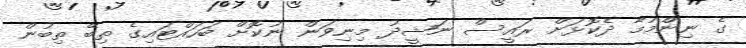
ގެ ނިންމުމާ ދެކޮޅަށް ރައީސް ނަޝީދު މިނިވަން ނުކޮށް ބަހައްޓައިގެ ތިބޭ ތިބުން